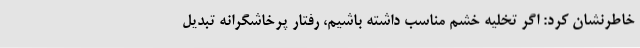
خاطرنشان کرد: اگر تخلیه خشم مناسب داشته باشیم، رفتار پرخاشگرانه تبدیل